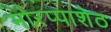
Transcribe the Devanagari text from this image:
मोरप्पाशेठ